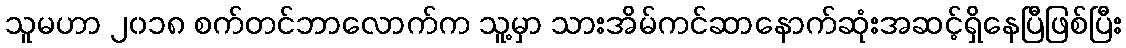
သူမဟာ ၂၀၁၈ စက်တင်ဘာလောက်က သူ့မှာ သားအိမ်ကင်ဆာနောက်ဆုံးအဆင့်ရှိနေပြီဖြစ်ပြီး